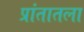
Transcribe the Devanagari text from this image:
प्रांतातला